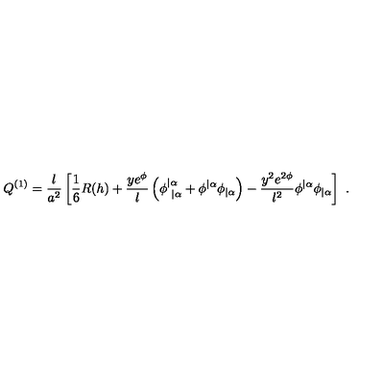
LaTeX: Q ^ { ( 1 ) } = { \frac { l } { a ^ { 2 } } } \left[ { \frac { 1 } { 6 } } R ( h ) + { \frac { y e ^ { \phi } } { l } } \left( \phi _ { \ | \alpha } ^ { | \alpha } + \phi ^ { | \alpha } \phi _ { | \alpha } \right) - { \frac { y ^ { 2 } e ^ { 2 \phi } } { l ^ { 2 } } } \phi ^ { | \alpha } \phi _ { | \alpha } \right] \ .